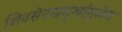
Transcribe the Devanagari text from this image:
शिवसेनाप्रमुखांमुळेच